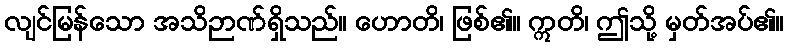
လျင်မြန်သော အသိဉာဏ်ရှိသည်။ ဟောတိ၊ ဖြစ်၏။ ဣတိ၊ ဤသို့ မှတ်အပ်၏။